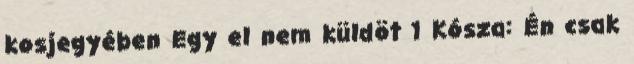
kosjegyében Egy el nem küldöt 1 Kósza: Én csak